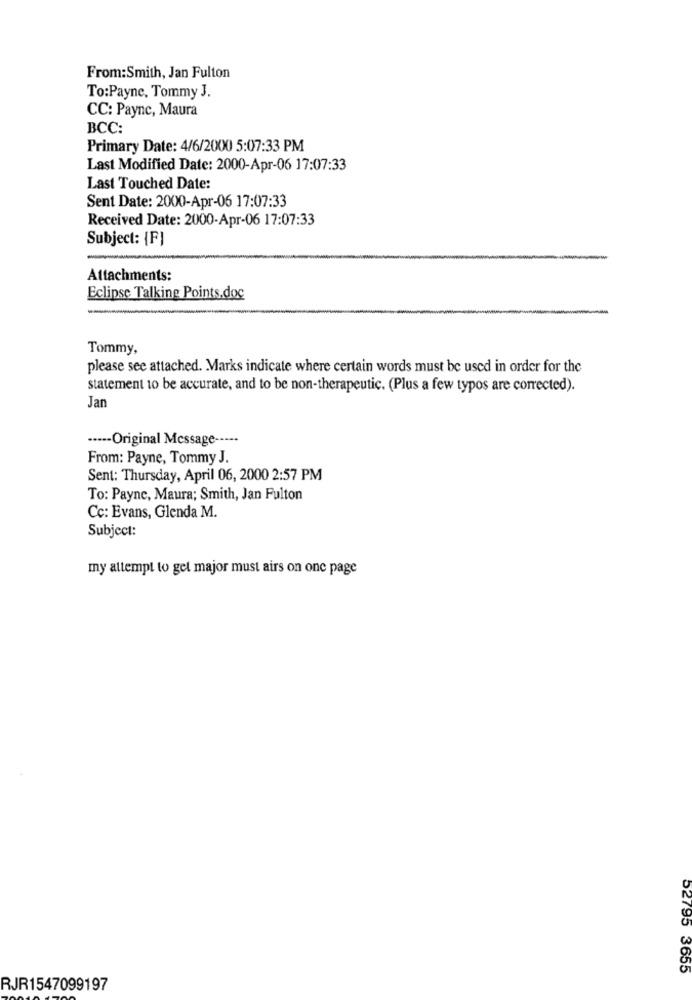
From:Smith, Jan Fulton
To:Payne, Tommy J.
CC: Payne, Maura
BCC:
Primary Date: 4/6/2000 5:07:33 PM
Last Modified Date: 2000-Apr-06 17:07:33
Last Touched Date:
Sent Date: 2000-Apr-06 17:07:33
Received Date: 2000-Apr-06 17:07:33
Subject: {F}
Attachments:
Eclipse Talking Points.doc
Tommy,
please see attached. Marks indicate where certain words must be used in order for the
statement to be accurate, and to be non-therapeutic. (Plus a few typos are corrected).
Jan
··--- Original Message -----
From: Payne, Tommy J.
Sent: Thursday, April 06, 2000 2:57 PM
To: Payne, Maura; Smith, Jan Fulton
Cc: Evans, Glenda M.
Subject:
my attempt to get major must airs on one page
52795 3655
RJR1547099197